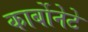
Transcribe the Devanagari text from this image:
कार्बोनेटे